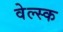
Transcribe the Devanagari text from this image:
वेल्स्क